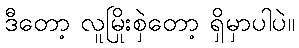
ဒီတော့ လူမြိုးစှဲတော့ ရှိမှာပါပဲ။